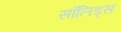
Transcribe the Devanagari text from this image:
सॉलिड्स